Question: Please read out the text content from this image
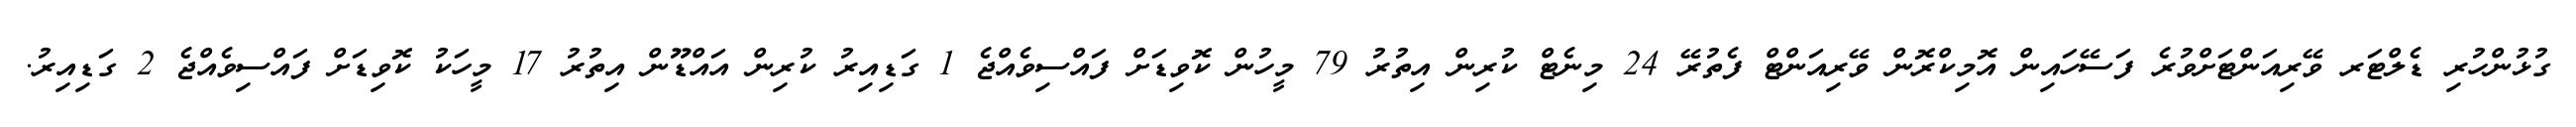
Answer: ގުޅުންހުރި ޑެލްޓަރ ވޭރިއަންޓަށްވުރެ ފަސޭހައިން އޮމިކްރޮން ވޭރިއަންޓް ފެތުރޭ 24 މިނެޓް ކުރިން އިތުރު 79 މީހުން ކޮވިޑަށް ފައްސިވެއްޖެ 1 ގަޑިއިރު ކުރިން އައްޑޫން އިތުރު 17 މީހަކު ކޮވިޑަށް ފައްސިވެއްޖެ 2 ގަޑިއިރު.